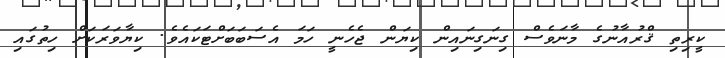
ކީރިތި ޤްރުއާނުގެ މާނަވެސް ގިނަގިނައިން ކިޔަން ޖެހެނީ ހަމަ އެސަބަބަށްޓަކައެވެ. ކިޔާވަރަކަށް ހިތުގައި